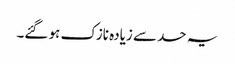
یہ حد سے زیادہ نازک ہو گئے۔